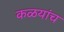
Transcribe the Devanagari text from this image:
कळयांच